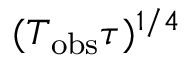
( T _ { \mathrm { o b s } } \tau ) ^ { 1 / 4 }